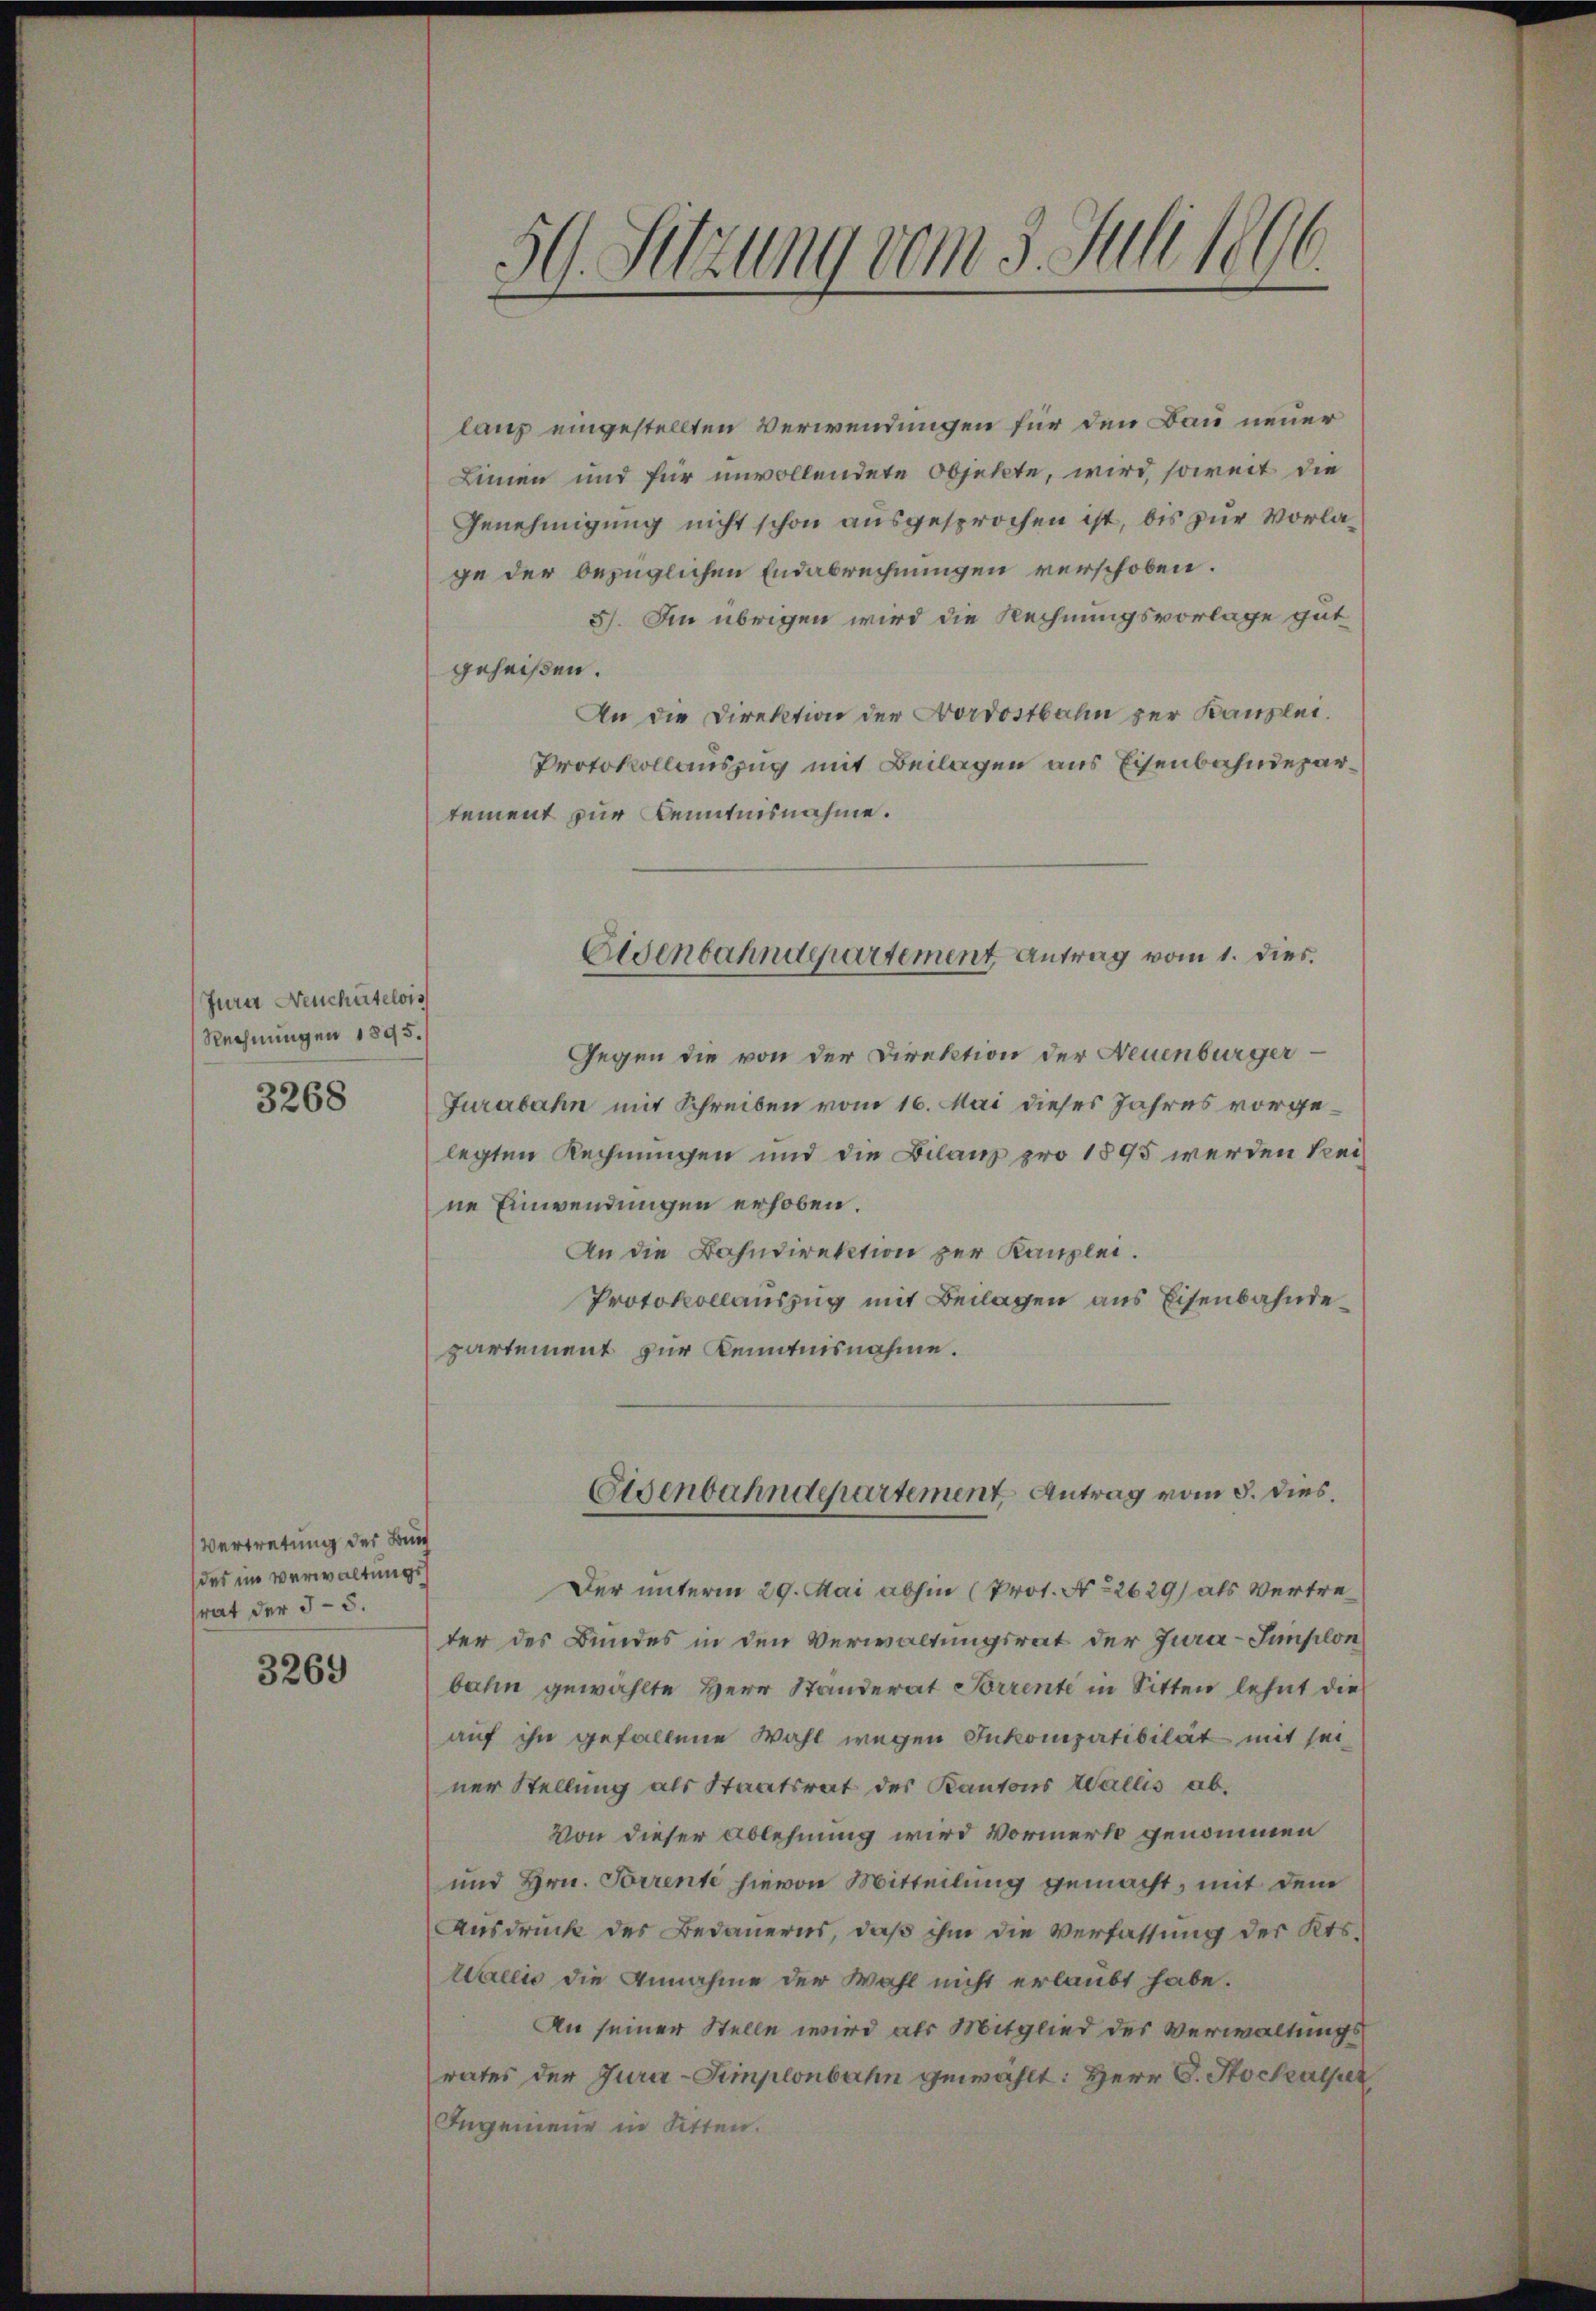
Jura Neuchâtelois
Rechnungen 1895.
3268

Vertretung des Bund
des im Verwaltungsrat der 33.

3269

59. Setzung vom 3. Juli 1890.

lanz eingestellten Verwendungen für den Bau neuer
Linien und für unvollendete Objekte, wird, soweit die
Genehmigung nicht schon ausgesprochen ist, bis zur Vorlage der bezüglichen Endabrechnungen verschoben.
5). Im übrigen wird die Rechnungsvorlage gut
geheißen.
An die Direktion der Nordostbahn zur Kanzlei.
Protokollauszug mit Beilagen aus Eisenbahndepartement zur Kenntnisnahme.
Gegen die von der Direktion der Neuenburger
Jurabahn mit Schreiben vom 16. Mai dieses Jahres vorgelegten Rechnungen und die Bilanz pro 1895 werden keine Einwendungen erhoben.
An die Bahndirektion zur Kanzlei.
Protokollauszug mit Beilagen aus Eisenbahndepartement zur Kenntnisnahme.
Eisenbahndepartement Antrag vom 5. dies.
Der unterm 29. Mai abhin (Prot. No 2629) als Vertreter des Bundes in den Verwaltungsrat der Jura-Simplon
bahn gewählte Herr Standerat Forrente in Sitten lehnt die
auf ihn gefallene Wahl wegen Inkompatibilät mit seiner Stellung als Staatsrat des Kantons Wallis ab,
Von dieser Ablehnung wird Vormerk genommen
und Hrn. Forrente hievon Mitteilung gemacht, mit dem
Ausdruck des Bedauerns, daß ihm die Verfassung des Kts.
Wallis die Annahme der Wahl nicht erlaubt habe.
An seiner Stelle wird als Mitglied des Verwaltungsrates der Jura-Simplonbahn gewählt: Herr C. Stockalper
Ingenieur in Sitten.

Eldenbahndepartement Antrag vom 1. dies